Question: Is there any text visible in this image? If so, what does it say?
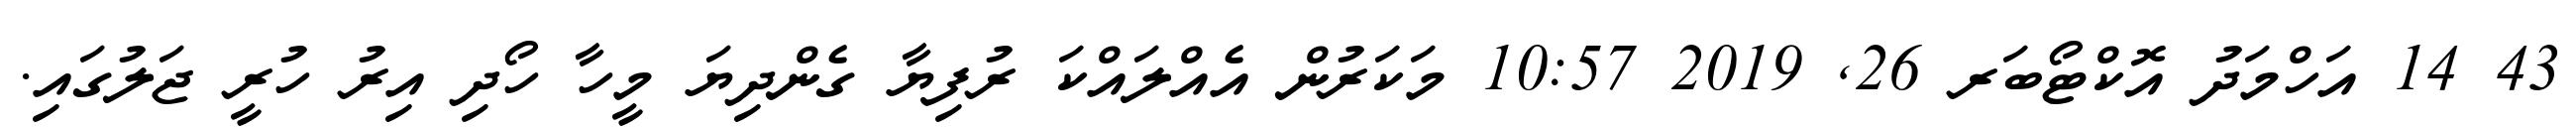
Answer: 43 14 އަހްމަދު އޮކްޓޯބަރ 26, 2019 10:57 މަކަރުން އެއްލައްކަ ރުފިޔާ ގެންދިޔަ މީހާ ހޯދި އިރު ހުރީ ޖަލުގައި.